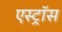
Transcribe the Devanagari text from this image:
एस्ट्रॉस